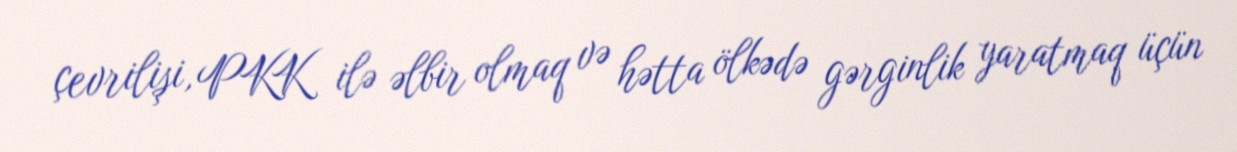
çevrilişi, PKK ilə əlbir olmaq və hətta ölkədə gərginlik yaratmaq üçün